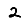
Digit: 2